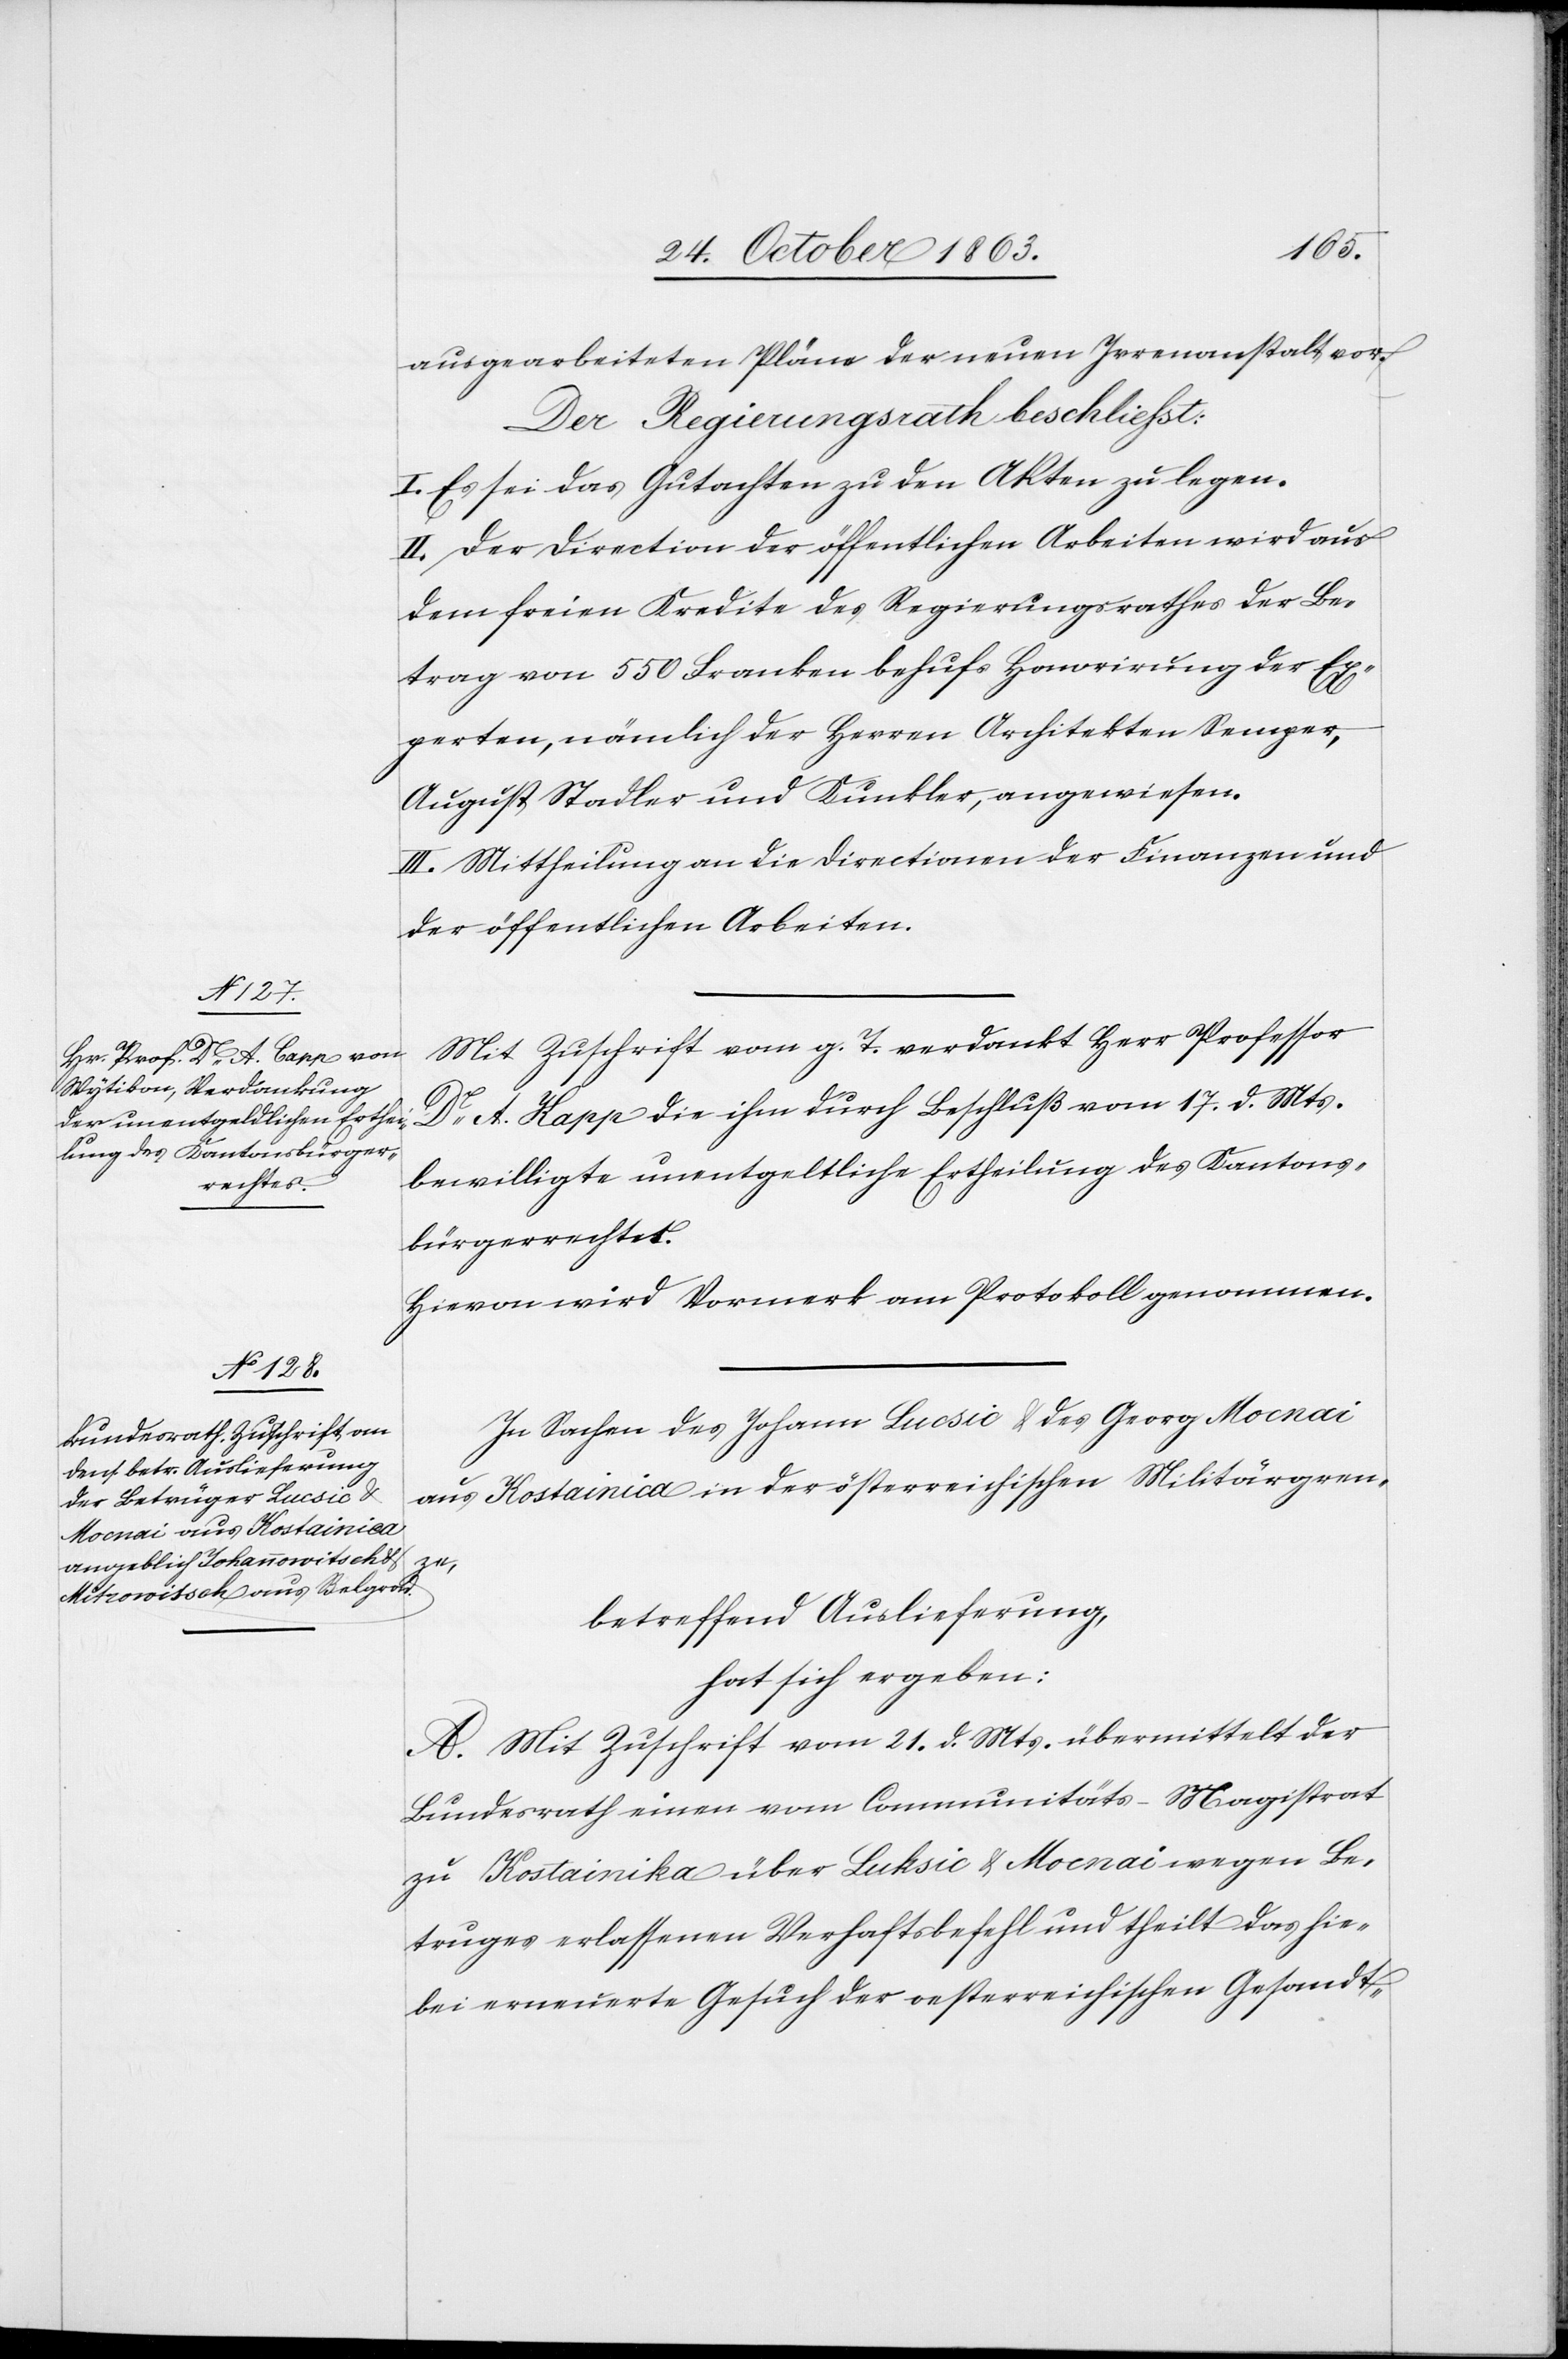
ausgearbeiteten Pläne der neuen Irrenanstalt vor.
Der Regierungsrath beschliesst:
I. Es sei das Gutachten zu den Akten zu legen.
II. Der Direction der öffentlichen Arbeiten wird aus
dem freien Kredite des Regierungsrathes der Be¬
trag von 550 Franken behufs Honorirung der Ex¬
perten, nämlich der Herren Architekten Semper,
August Stadler und Kunkler, angewiesen.
III. Mittheilung an die Directionen der Finanzen und
der öffentlichen Arbeiten.
Mit Zuschrift vom g. T. verdankt Herr Professor
Dr A. Kapp [sic!] die ihm durch Beschluß vom 17. d. Mts.
bewilligte unentgeltliche Ertheilung des Kantons¬
bürgerrechtes.
Hievon wird Vormerk am Protokoll genommen.
In Sachen des Johann Lucsic & des Georg Mocnai
aus Kostainica in der österreichischen Militärgren¬
ze,
betreffend Auslieferung,
hat sich ergeben:
A. Mit Zuschrift vom 21. d. Mts. übermittelt der
Bundesrath einen vom Communitäts-Magistrat
zu Kostainika über Luksic [sic!] & Mocnai wegen Be¬
truges erlassenen Verhaftsbefehl und theilt das hie¬
bei erneuerte Gesuch der oesterreichischen Gesandt-